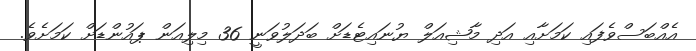
އެއްބަސްވެފައި ކަމަށާއި އަދި މާޝިއަލް ޔުނައިޓެޑަށް ބަދަލުވަނީ 36 މިލިއަން ޕައުންޑަށް ކަމަށެވެ.